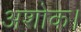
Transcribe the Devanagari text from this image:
अशोक।